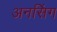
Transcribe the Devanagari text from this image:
अनसिंग